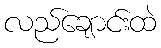
လည်ချောင်းထဲ